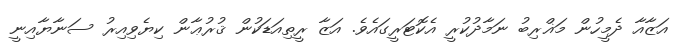
އަޒާއާ ދެމީހުން މަޣްރިބު ނަމާދުކުރީ އެކޮޓަރީގައެވެ. އަޒާ ރީތިއަޑަކުން ޤުރުޢާން ކިޔެވިއިރު ސަނާޔާއިނީ